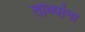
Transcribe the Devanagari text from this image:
तांब्यांना